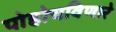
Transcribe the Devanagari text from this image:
पोहोचविणारे